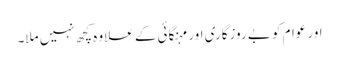
اور عوام کو بے روزگاری اور مہنگائی کے علاوہ کچھ نہیں ملا۔